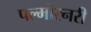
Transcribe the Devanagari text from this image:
पल्मोरनरी